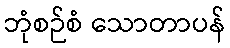
ဘုံစဉ်စံ သောတာပန်